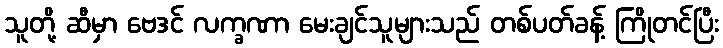
သူတို့ ဆီမှာ ဗေဒင် လက္ခဏာ မေးချင်သူများသည် တစ်ပတ်ခန့် ကြိုတင်ပြီး